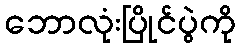
ဘောလုံးပြိုင်ပွဲကို